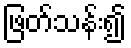
ဖြတ်သန်း၍